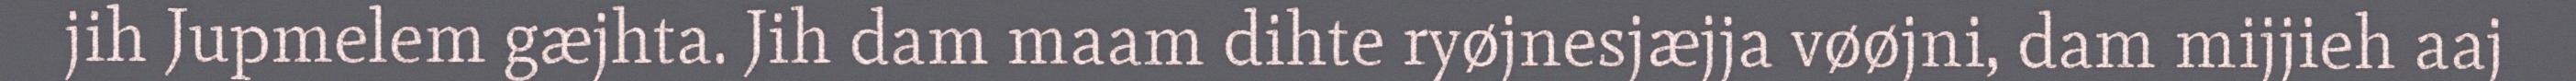
jih Jupmelem gæjhta. Jih dam maam dihte ryøjnesjæjja vøøjni, dam mijjieh aaj